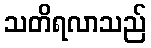
သတိရလာသည်